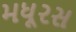
મધૂરસ